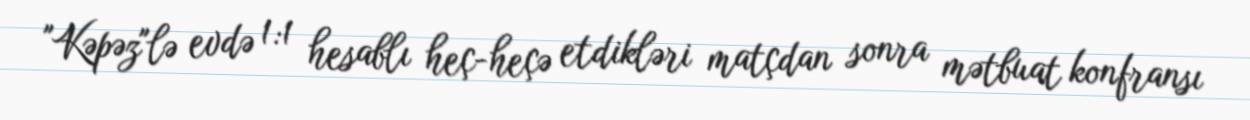
"Kəpəz"lə evdə 1:1 hesablı heç-heçə etdikləri matçdan sonra mətbuat konfransı